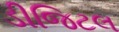
ડીજિટલ